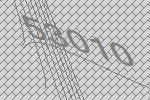
53010